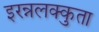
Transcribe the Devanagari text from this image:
इरन्नलक्कुता